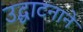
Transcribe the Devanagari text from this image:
उद्घाटनाने